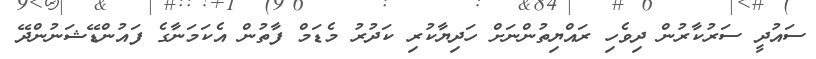
ސައުދީ ސަރުކާރުން ދިވެހި ރައްޔިތުންނަށް ހަދިޔާކުރި ކަދުރު މެޑަމް ފާތުން އެކަމަނާގެ ފައުންޑޭޝަނުންދޭ